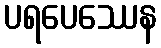
ပရပေဿေန